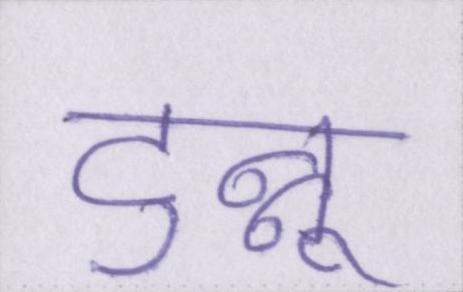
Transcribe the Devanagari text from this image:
टुन्नू